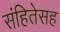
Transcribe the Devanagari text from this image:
संहितेसह